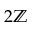
2 \mathbb { Z }